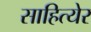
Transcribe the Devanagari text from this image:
साहित्येर